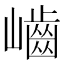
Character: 𡾐